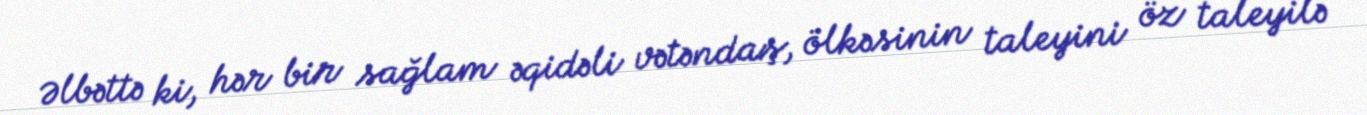
Əlbəttə ki, hər bir sağlam əqidəli vətəndaş, ölkəsinin taleyini öz taleyilə